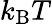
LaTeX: k_{\mathrm{B}}T